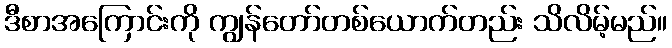
ဒီစာအကြောင်းကို ကျွန်တော်တစ်ယောက်တည်း သိလိမ့်မည်။